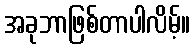
အခုဘာဖြစ်တာပါလိမ့်။